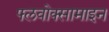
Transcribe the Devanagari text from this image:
फ्लवोक्सामाइन